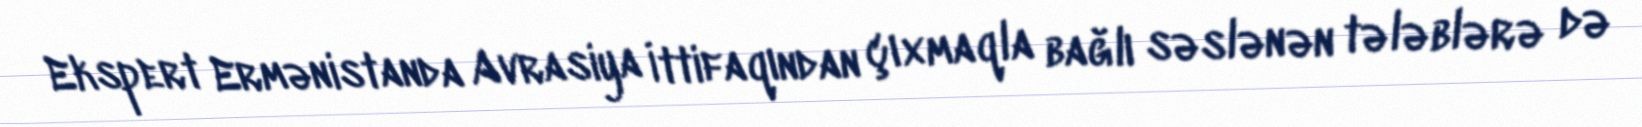
Ekspert Ermənistanda Avrasiya İttifaqından çıxmaqla bağlı səslənən tələblərə də